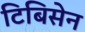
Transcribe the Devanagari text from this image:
टिबिसेन